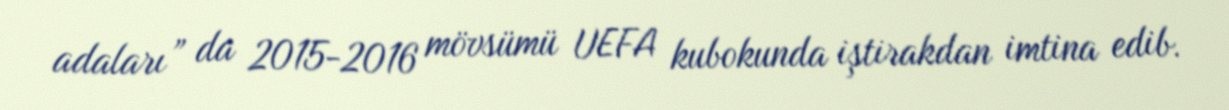
adaları” da 2015-2016 mövsümü UEFA kubokunda iştirakdan imtina edib.